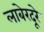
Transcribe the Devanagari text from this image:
लाबेरदूरे